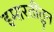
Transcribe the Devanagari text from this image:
इमारतींतुन